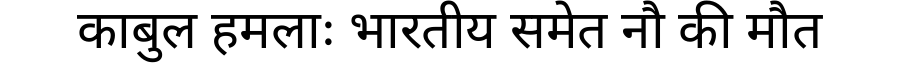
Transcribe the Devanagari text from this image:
काबुल हमलाः भारतीय समेत नौ की मौत